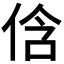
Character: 𠉐